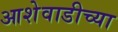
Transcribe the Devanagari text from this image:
आशेवाडीच्या